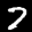
Label: 7